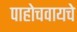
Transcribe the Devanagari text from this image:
पाहोचवायचे